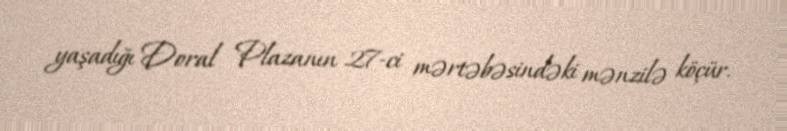
yaşadığı Doral Plazanın 27-ci mərtəbəsindəki mənzilə köçür.